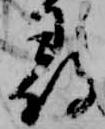
尋